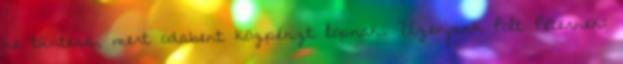
ne tüntess, mert odabent közpénzt lopnak. Üzenjünk Polt Péternek: